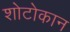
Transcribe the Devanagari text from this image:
शोटोकान